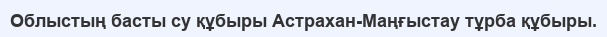
Облыстың басты су құбыры Астрахан-Маңғыстау тұрба құбыры.